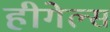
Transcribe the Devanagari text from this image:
हीगेल्स